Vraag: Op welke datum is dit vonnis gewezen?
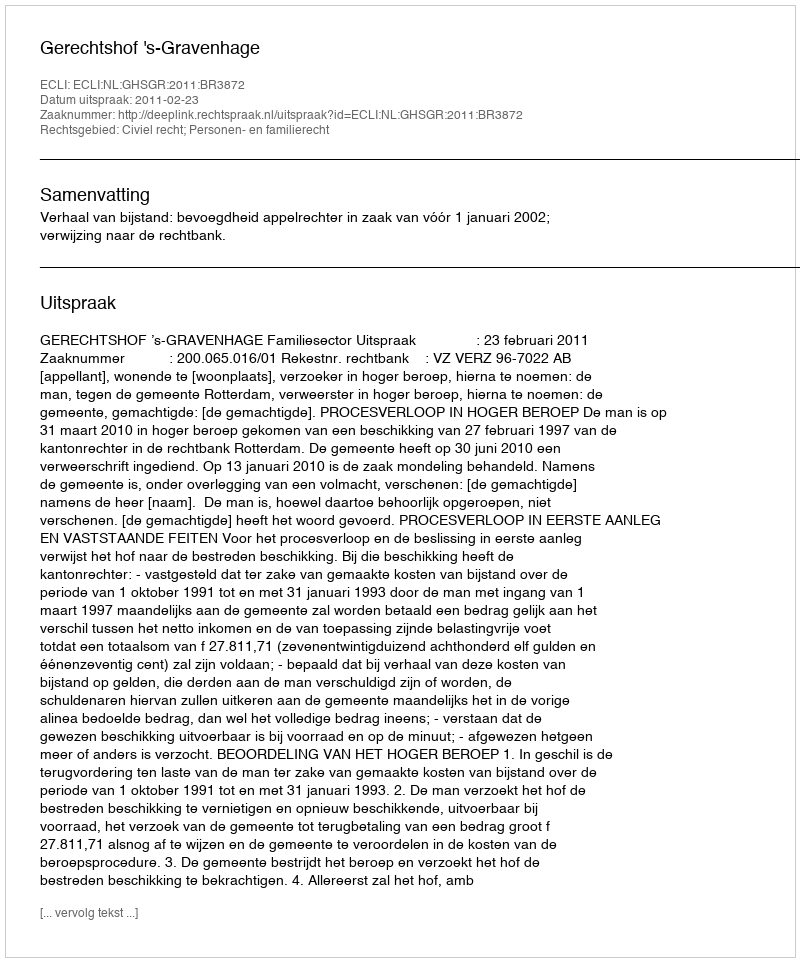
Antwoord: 2011-02-23